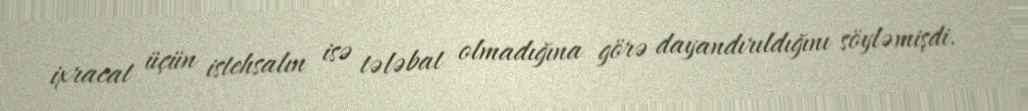
ixracat üçün istehsalın isə tələbat olmadığına görə dayandırıldığını söyləmişdi.